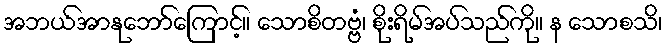
အဘယ်အာနုဘော်ကြောင့်။ သောစိတဗ္ဗံ၊ စိုးရိမ်အပ်သည်ကို။ န သောစသိ၊